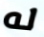
له